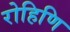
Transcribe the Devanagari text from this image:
रोहिणि